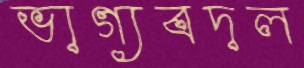
ভাগ্যবদল